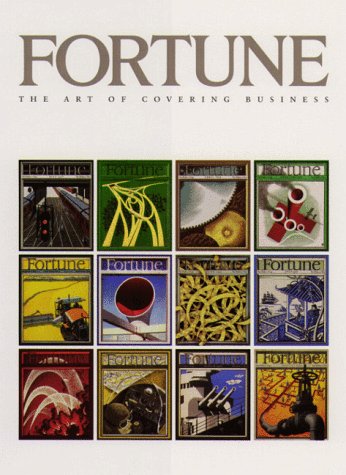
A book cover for Fortune: The Art of Covering Business; Humor & Entertainment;